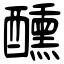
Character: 醺